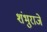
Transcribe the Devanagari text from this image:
शंभुराजे